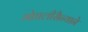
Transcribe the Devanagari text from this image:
मोघलीसैन्याने